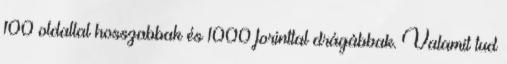
100 oldallal hosszabbak és 1000 forinttal drágábbak. Valamit tud